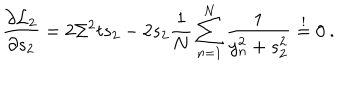
LaTeX: \frac { \partial { \cal L } _ { 2 } } { \partial s _ { 2 } } = 2 \Sigma ^ { 2 } t s _ { 2 } - 2 s _ { 2 } \frac { 1 } { N } \sum _ { n = 1 } ^ { N } \frac { 1 } { y _ { n } ^ { 2 } + s _ { 2 } ^ { 2 } } \stackrel { ! } { = } 0 \: .